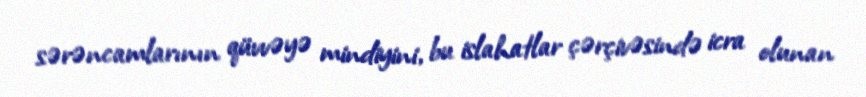
sərəncamlarının qüvvəyə mindiyini, bu islahatlar çərçivəsində icra olunan